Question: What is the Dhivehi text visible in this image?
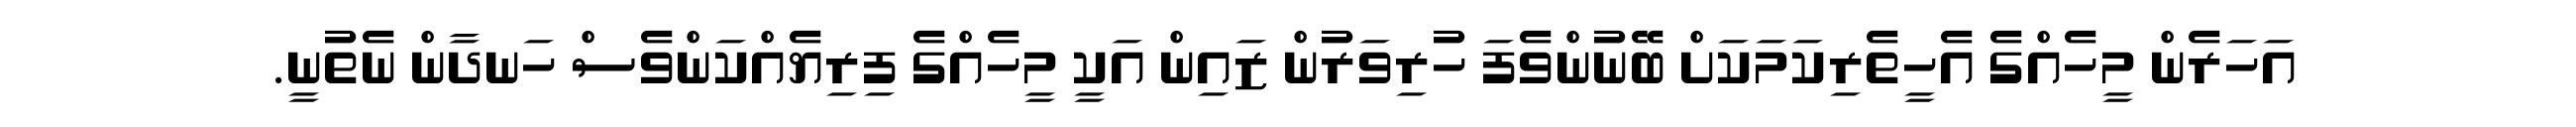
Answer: އަހަރެން މީހެއްގެ އެހީތެރިކަމަކަށް ބޭނުންވެފަ ހުރިވަރުން ޒައިން އަކީ މީހެއްގެ ފިރިޔެއްކަންވެސް ހަނދާން ނެތުނީ.